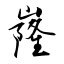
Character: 嶐